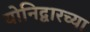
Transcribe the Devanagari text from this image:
योनिद्वारच्या